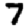
Digit: 7